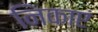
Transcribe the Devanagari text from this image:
निकाएं